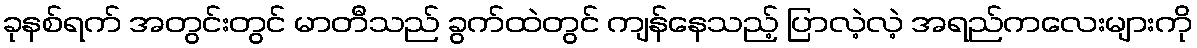
ခုနစ်ရက် အတွင်းတွင် မာတီသည် ခွက်ထဲတွင် ကျန်နေသည့် ပြာလဲ့လဲ့ အရည်ကလေးများကို